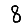
Digit: 8